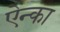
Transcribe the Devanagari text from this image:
ऐन्का